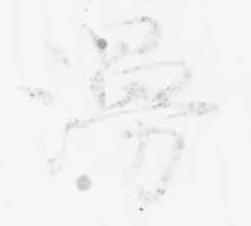
漫